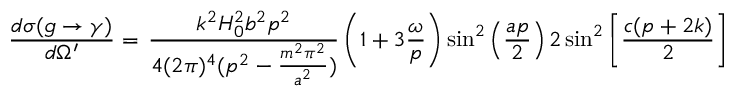
\frac { d \sigma ( g \rightarrow \gamma ) } { d \Omega ^ { \prime } } = \, \frac { k ^ { 2 } H _ { 0 } ^ { 2 } b ^ { 2 } p ^ { 2 } } { 4 ( 2 \pi ) ^ { 4 } ( p ^ { 2 } - \frac { m ^ { 2 } \pi ^ { 2 } } { a ^ { 2 } } ) } \left( 1 + 3 \frac { \omega } { p } \right) \sin ^ { 2 } \left( \frac { a p } { 2 } \right) 2 \sin ^ { 2 } \left[ \frac { c ( p + 2 k ) } { 2 } \right]